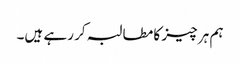
ہم ہر چیز کا مطالبہ کر رہے ہیں۔